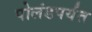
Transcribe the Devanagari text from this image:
पोलंडपर्यंत